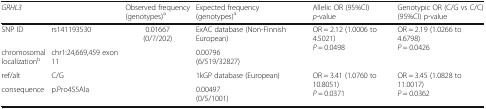
<table><thead><tr><td colspan="2"><b><i>GRHL3</i></b></td><td><b>Observed frequency (genotypes)<sup>a</sup></b></td><td><b>Expected frequency (genotypes)<sup>a</sup></b></td><td><b>Allelic OR (95%CI)<i>p</i>-value</b></td><td><b>Genotypic OR (C/G vs C/C) (95%CI) p-value</b></td></tr></thead><tbody><tr><td>SNP ID</td><td>rs141193530</td><td rowspan="4">0.01667(0/7/202)</td><td>ExAC database (Non-Finnish European)</td><td rowspan="2">OR = 2.12 (1.0006 to 4.5021)<i>P</i> = 0.0498</td><td rowspan="2">OR = 2.19 (1.0266 to 4.6798)<i>P</i> = 0.0426</td></tr><tr><td>chromosomal localization<sup>b</sup></td><td>chr1:24,669,459 exon 11</td><td>0.00796(6/519/32827)</td></tr><tr><td>ref/alt</td><td>C/G</td><td>1kGP database (European)</td><td rowspan="2">OR = 3.41 (1.0760 to 10.8051)<i>P</i> = 0.0371</td><td rowspan="2">OR = 3.45 (1.0828 to 11.0017)<i>P</i> = 0.0362</td></tr><tr><td>consequence</td><td>p.Pro455Ala</td><td>0.00497(0/5/1001)</td></tr></tbody></table>